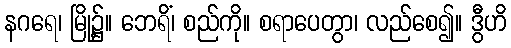
နဂရေ၊ မြို့၌။ ဘေရိံ၊ စည်ကို။ စရာပေတွာ၊ လည်စေ၍။ ဒွီဟိ